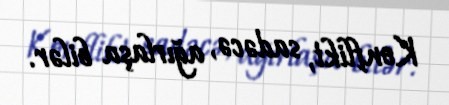
Konflikt, sadəcə, ağırlaşa bilər.